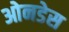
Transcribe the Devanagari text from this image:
ओनडेस